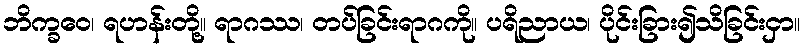
ဘိက္ခဝေ၊ ရဟန်းတို့။ ရာဂဿ၊ တပ်ခြင်းရာဂကို။ ပရိညာယ၊ ပိုင်းခြား၍သိခြင်းငှာ။